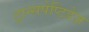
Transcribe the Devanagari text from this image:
ट्रान्सपेप्टिडेज़